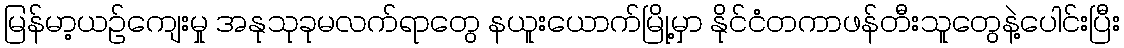
မြန်မာ့ယဉ်ကျေးမှု အနုသုခုမလက်ရာတွေ နယူးယောက်မြို့မှာ နိုင်ငံတကာဖန်တီးသူတွေနဲ့ပေါင်းပြီး